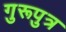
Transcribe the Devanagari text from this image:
गुरूपुत्र